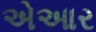
એઆર